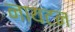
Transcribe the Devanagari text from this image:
नायटन